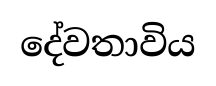
දේවතාවිය